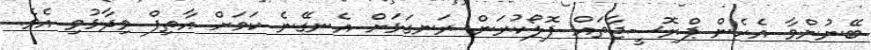
ބޭނުންވާ އެހެން ޕްރޮސީޖާތައް ފޮލޯކުރަން ރަނގަޅަށް އެނގޭނެ ކަމަށް އާތިފް ވިދާޅުވި އެވެ.